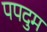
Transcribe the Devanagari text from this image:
पपदुम